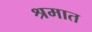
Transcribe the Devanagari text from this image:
श्रमात